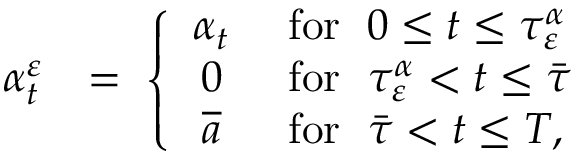
\begin{array} { r l } { \alpha _ { t } ^ { \varepsilon } } & { = \; \left\{ \begin{array} { c l } { \alpha _ { t } } & { \mathrm { ~ f o r ~ } \; 0 \leq t \leq \tau _ { \varepsilon } ^ { \alpha } } \\ { 0 } & { \mathrm { ~ f o r ~ } \; \tau _ { \varepsilon } ^ { \alpha } < t \leq \bar { \tau } } \\ { \overline { { a } } } & { \mathrm { ~ f o r ~ } \; \bar { \tau } < t \leq T , } \end{array} \right. } \end{array}